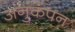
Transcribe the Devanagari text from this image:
अनुकंपन